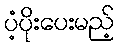
ပံ့ပိုးပေးမည့်